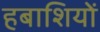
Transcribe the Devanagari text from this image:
हबाशियों